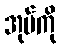
အုပ်ကို